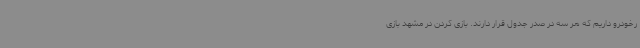
رخودرو داریم که هر سه در صدر جدول قرار دارند. بازی کردن در مشهد بازی